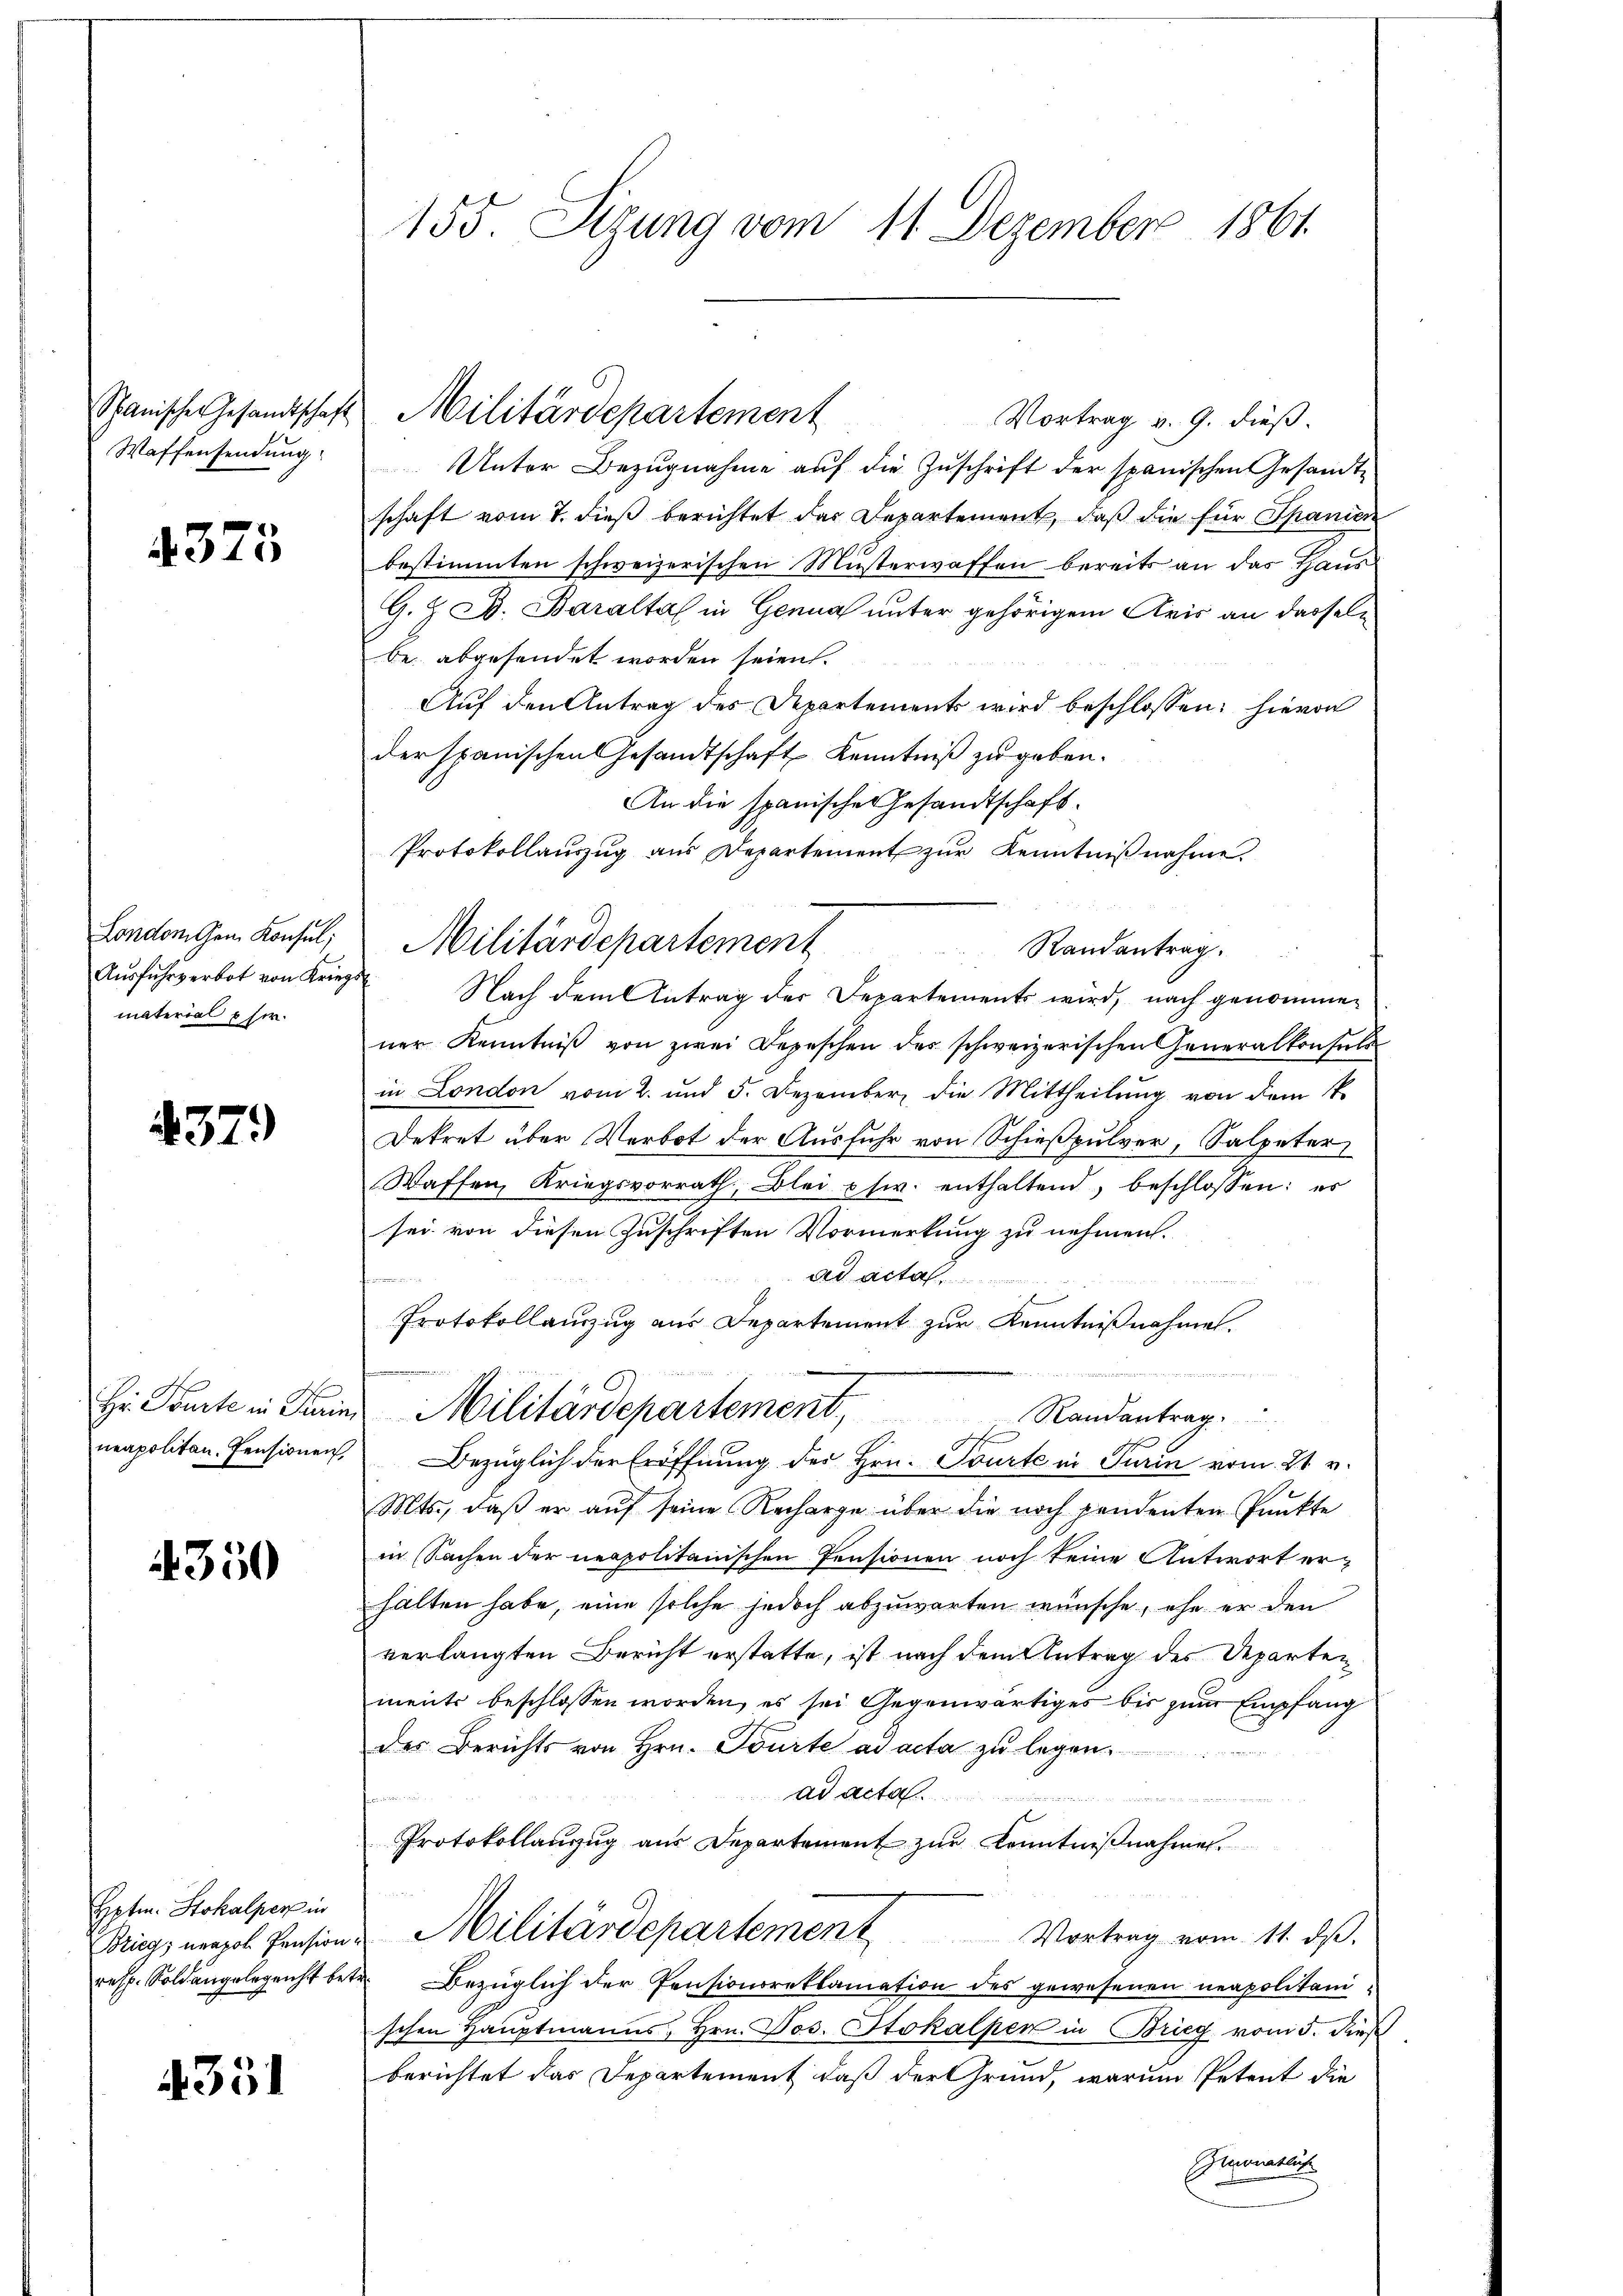
Spanische Gesandtschaft
Waffensendung

4375

London Gem. Konsul,
Ausfuhrverbot von Krieg
material her.

4379)

Hr. Parte in Turin,
neapolitan. Pensionen,

350

Eptm. Stokalper in
Bzieg; neapol Pension
resp. Soldangelegericht bet

4351

155. Sizung vom 11. Dezember 1861.

Vortrag v. 9. dieß.
Unter Bezugnahme auf die Zuschrift der spanischen Gesandtschaft vom 7. dieß berichtet das Departement, daß die für Spanien
bestimmten schweizerischen Musterwaffen bereits an das Haus
G. J. B. Baraltal in Genua unter gehörigem Kris an dasseln
be abgesendet worden seien.
Auf den Antrag des Departements wird beschlossen; hievon
der spanischen Gesandtschaft Kenntniß zu geben.
An die spanische Gesandtschaft.
Protokollauszug aus Departement zur Kenntnißnahme.
Randantrag.
 Nach dem Antrag der Departements wird, nach genommen
ner Kenntniβ von zwei Depeschen des schweizerischen Generalkonsuls
in London vom 2. und 5. Dezember die Mittheilung von dem k.
Dekret über Verbot der Ausfuhr von Schießpulver, Salpeter
Waffen, Kriegsvorrath, Blei usw. enthaltend, beschlossen: es
sei von diesen Zuschriften Vormerkung zu nehmen.
ad acta.
sconomine
Protokollanzug aus Departement zur Kenntnißnahmen.
d
t
Militärdepartement
Randantrag.
Bezüglich der Eröffnung des Hrn. Tourte in Turin vom 21. v.
Mts., daß er auf seine Recharge über die noch pendenten Punkte
in Sachen der neapolitanischen Pensionen noch keine Antwort erhalten habe, eine solche jedoch abzuwarten wünsche, ehe er den
verlangten Bericht erstatte, ist nach dem Antrag des Departen
ments beschlossen worden, es sei Gegenwärtiges bis zum Empfang
des Berichts von Hrn. Tourte ad acta zu legen
ad acta

Protokollanzug aus Departement zur Kenntnißnahmen.
Militärdepartement
Vortrag vom 11. dβ.
Bezüglich der Pensionsreklamation des gewesenen neapolitanischen Hauptmanns, Hrn. Jos. Stokalper in Brieg vom 5. dieß
berichtet das Departement, daß der Grund, warum Petent die
monatlich

Militärdepartement

Militärdepartement